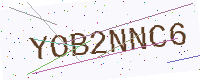
Text: YOB2NNC6